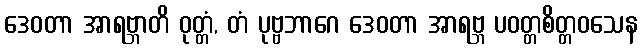
ဒေဝတာ အာရဗ္ဘာတိ ဝုတ္တံ, တံ ပုဗ္ဗဘာဂေ ဒေဝတာ အာရဗ္ဘ ပဝတ္တစိတ္တဝသေန